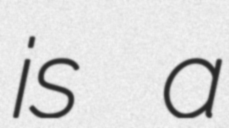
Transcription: is a